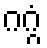
ဂဂ္ဂံ